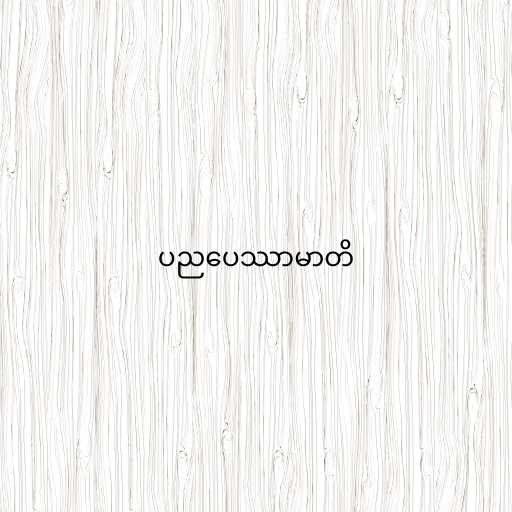
ပညပေဿာမာတိ